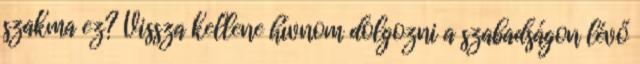
szakma ez? Vissza kellene hívnom dolgozni a szabadságon lévő